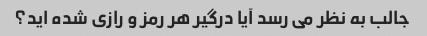
جالب به نظر می رسد آیا درگیر هر رمز و رازی شده اید؟